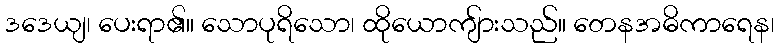
ဒဒေယျ၊ ပေးရာ၏။ သောပုရိသော၊ ထိုယောကျ်ားသည်။ တေနအဓိကာရေန၊